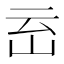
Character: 𱛈